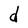
Character: d